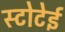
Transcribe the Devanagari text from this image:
स्टोटेई